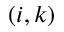
( i , k )